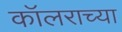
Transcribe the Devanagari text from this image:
कॉलराच्या